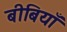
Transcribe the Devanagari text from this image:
बीबियाँ